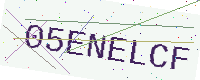
Text: 05ENELCF